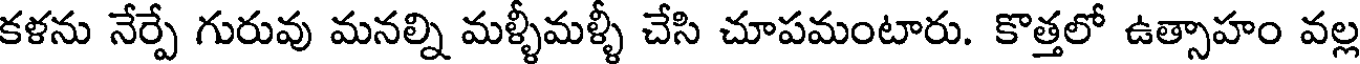
కళను నేర్పే గురువు మనల్ని మళ్ళీమళ్ళీ చేసి చూపమంటారు. కొత్తలో ఉత్సాహం వల్ల